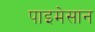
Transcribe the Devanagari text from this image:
पाइमेसान